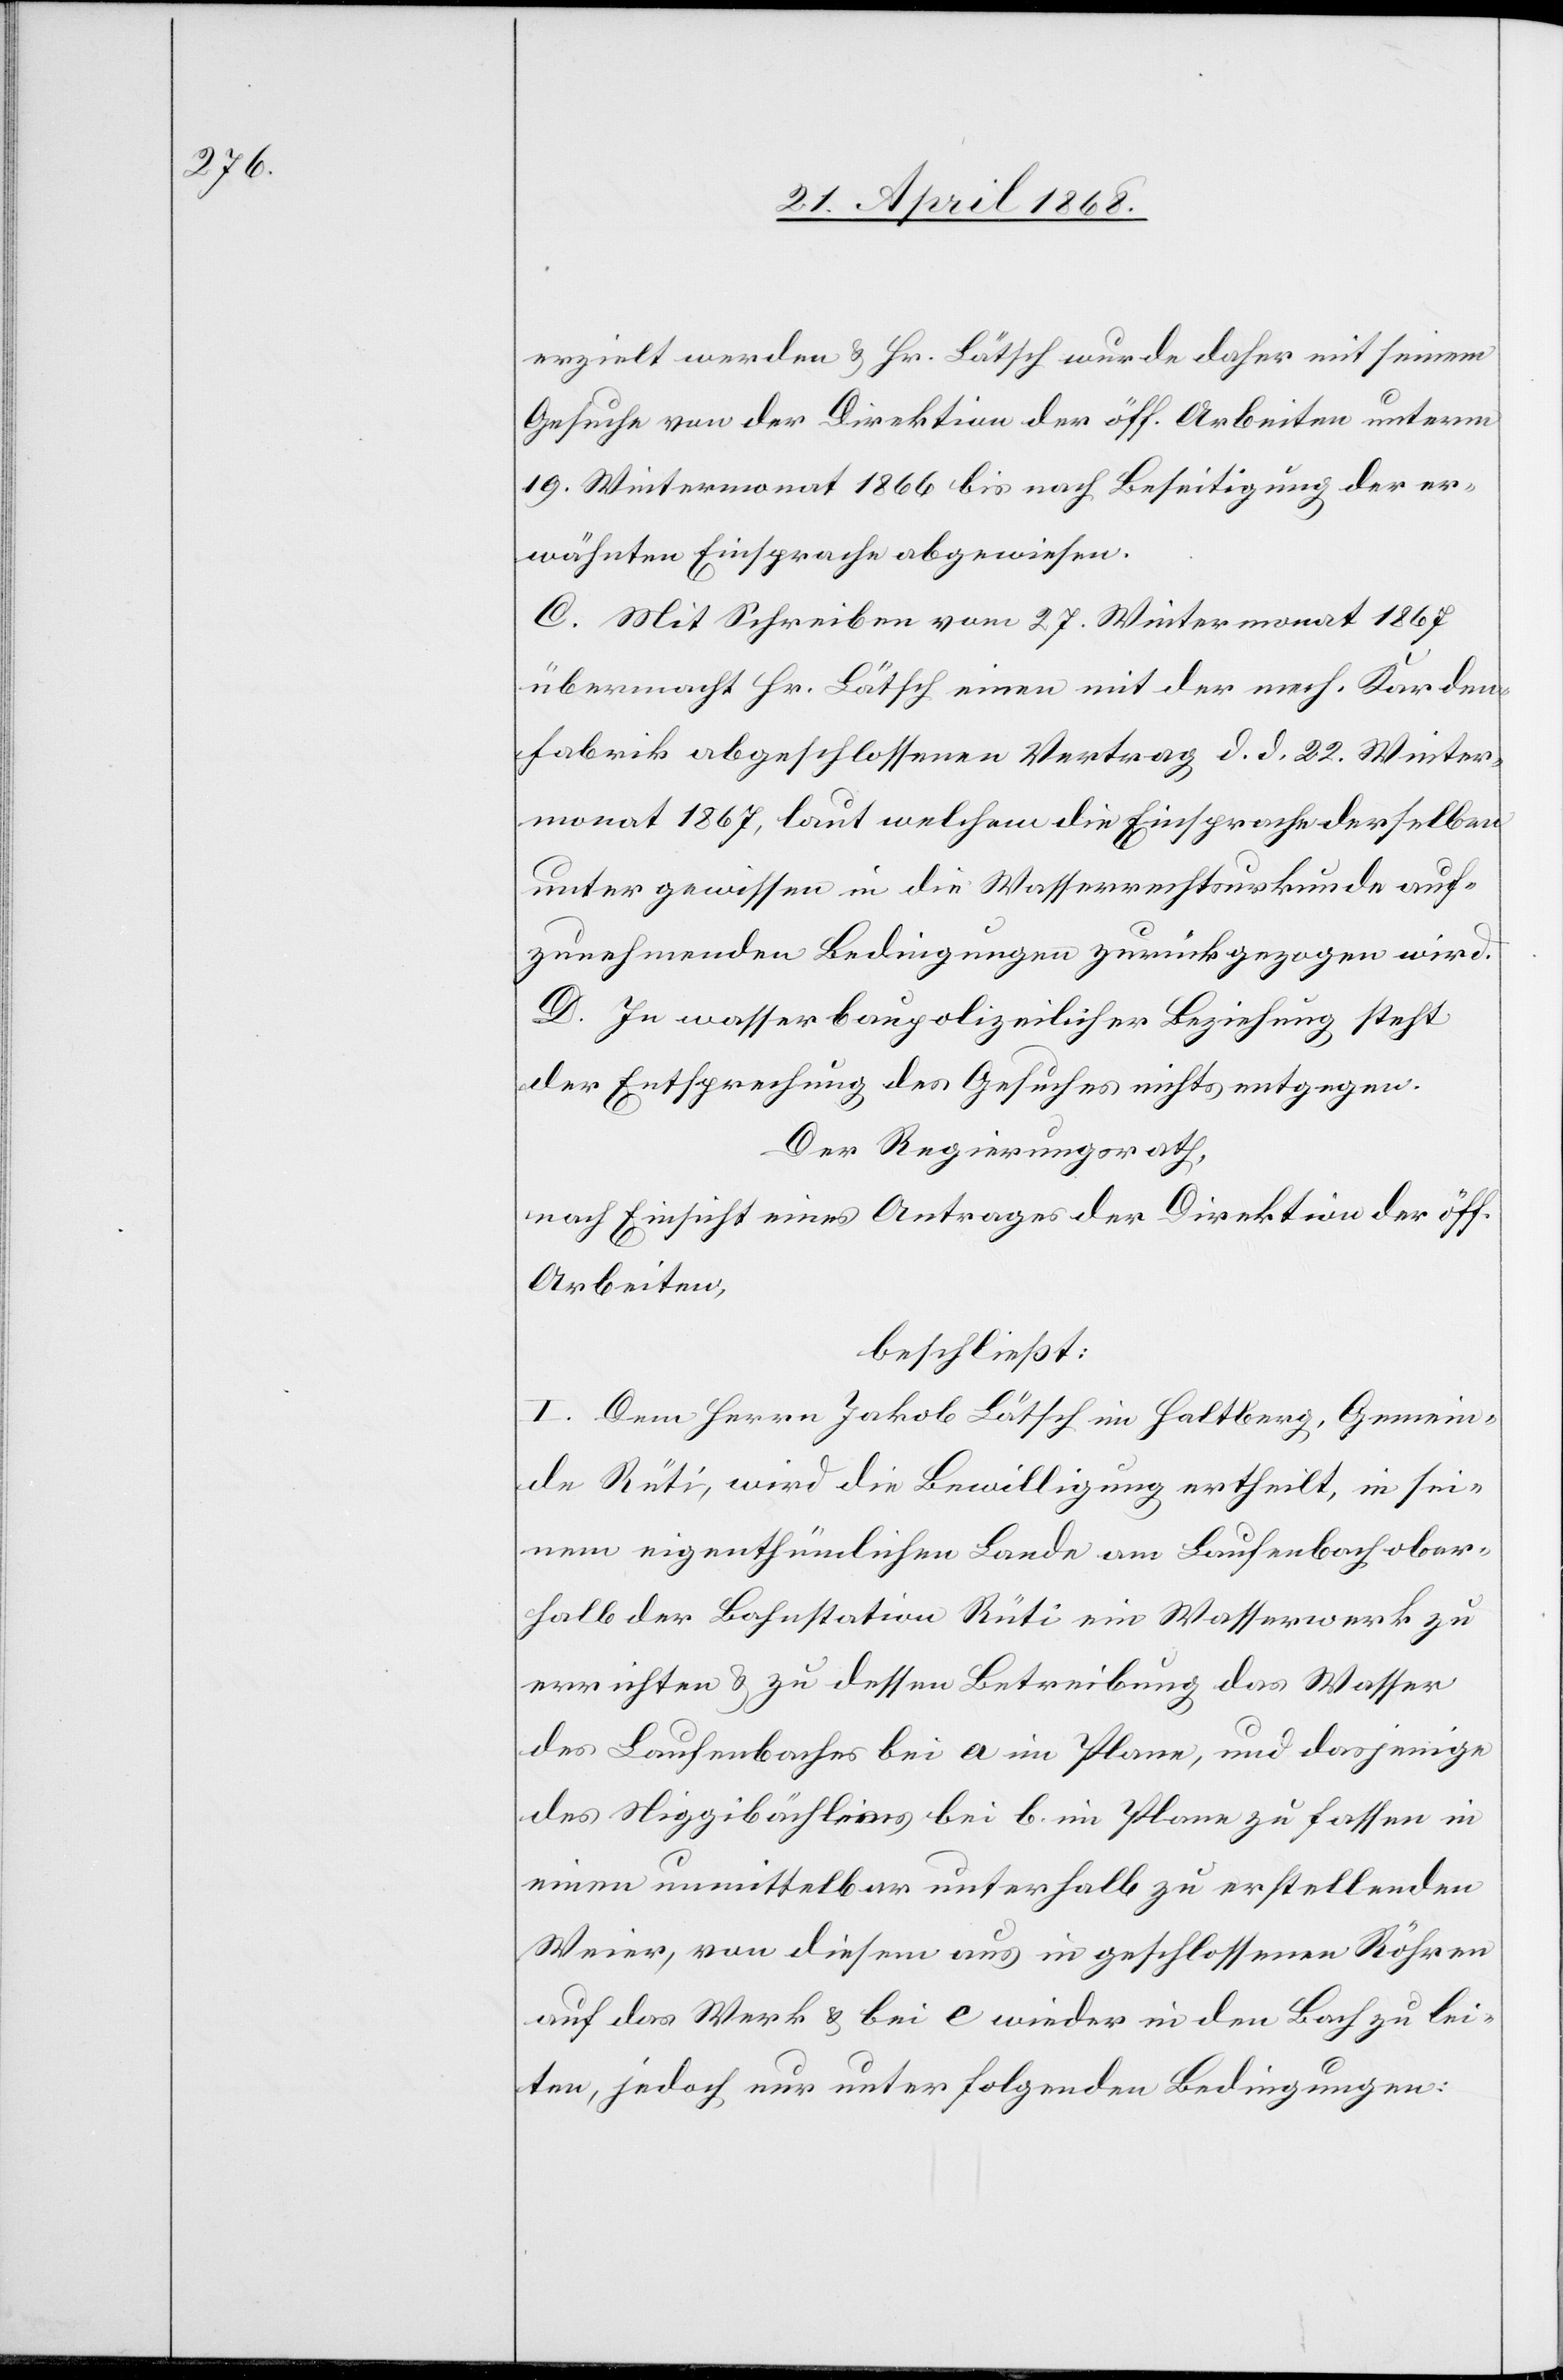
erzielt werden & Hr. Lätsch wurde daher mit seinem
Gesuche von der Direktion der öff. Arbeiten unterm
19. Wintermonat 1866 bis nach Beseitigung der er¬
wähnten Einsprache abgewiesen.
C. Mit Schreiben vom 27. Wintermonat 1867
übermacht Hr. Lätsch einen mit der mech. Karden¬
fabrik abgeschlossenen Vertrag d. d. 22. Winter¬
monat 1867, laut welchem die Einsprache derselben
unter gewissen in die Wasserrechtsurkunde auf¬
zunehmenden Bedingungen zurückgezogen wird.
D. In wasserbaupolizeilicher Beziehung steht
der Entsprechung des Gesuches nichts entgegen.
Der Regierungsrath,
nach Einsicht eines Antrages der Direktion der öff.
Arbeiten,
beschließt:
I. Dem Herrn Jakob Lätsch im Haltberg, Gemein¬
de Rüti, wird die Bewilligung ertheilt, in sei¬
nem eigenthümlichen Lande am Laufenbach ober¬
halb der Bahnstation Rüti ein Wasserwerk zu
errichten & zu dessen Betreibung das Wasser
des Laufenbaches bei a im Plane, und dasjenige
des Niggibächleins bei b. im Plane zu fassen in
einen unmittelbar unterhalb zu erstellenden
Weier, von diesem aus in geschlossenen Röhren
auf das Werk & bei e wieder in den Bach zu lei¬
ten, jedoch nur unter folgenden Bedingungen: